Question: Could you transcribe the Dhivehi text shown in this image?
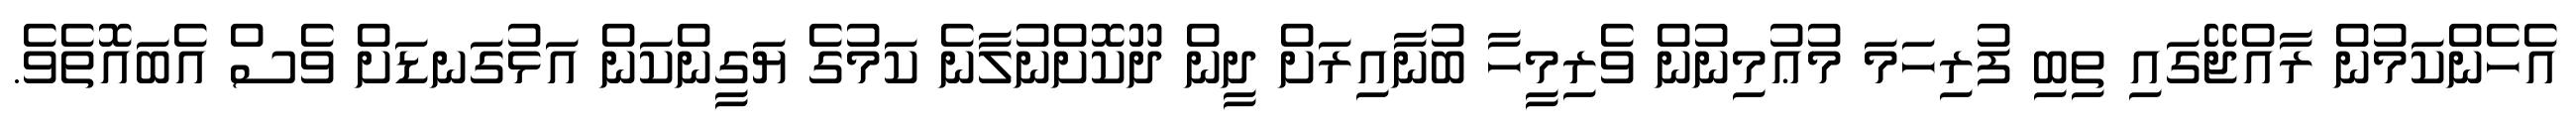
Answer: އެހެންކަމުން ރާއްޖޭގައި ތިބި ފުރިހަމަ މުޢުމިނުން ވެރިމީހާ ބުނާއިރަށް ދީން ދޫކޮށްނުލާނެ ކަމުގެ ޔަގީންކަން އަޅުގަނޑަށް ވެސް އެބައޮތެވެ.